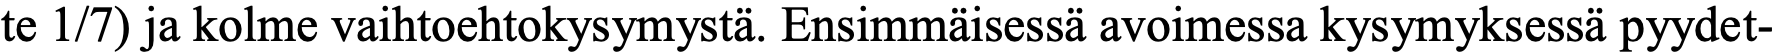
te 1/7) ja kolme vaihtoehtokysymystä. Ensimmäisessä avoimessa kysymyksessä pyydet-